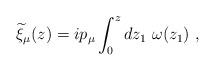
LaTeX: \begin{align*} {\widetilde \xi}_\mu(z)=ip_\mu\int_0^z dz_1 ~\omega(z_1)~,\end{align*}